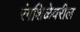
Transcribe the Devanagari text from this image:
रंगशिळेवरील